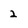
Character: 2